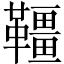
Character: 韁